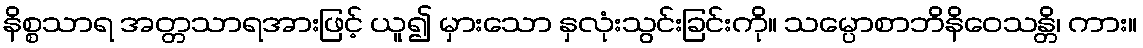
နိစ္စသာရ အတ္တသာရအားဖြင့် ယူ၍ မှားသော နှလုံးသွင်းခြင်းကို။ သမ္ပောစာဘိနိဝေသန္တိ၊ ကား။